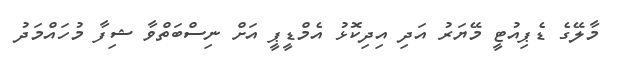
މާލޭގެ ޑެޕިއުޓީ މޭޔަރު އަދި އިދިކޮޅު އެމްޑީޕީ އަށް ނިސްބަތްވާ ޝިފާ މުހައްމަދު